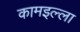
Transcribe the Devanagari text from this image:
कामइल्ला